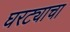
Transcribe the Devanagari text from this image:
घरट्याचा